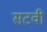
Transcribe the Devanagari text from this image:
सटवी